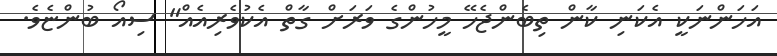
އަހަންނަކީ އެކަނި ކާން ތިބެންޖެހޭ މީހުންގެ ވަރަށް ގާތް އެކުވެރިއެއް" ސިއޯ ބުންޏެވެ.